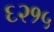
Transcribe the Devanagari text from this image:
६२१५